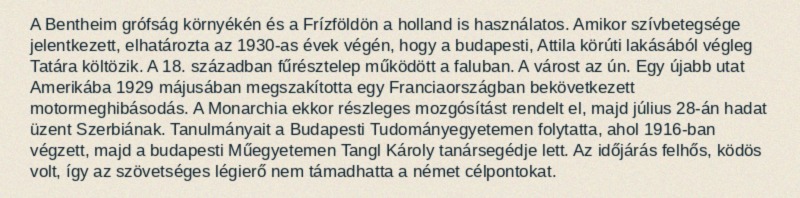
A Bentheim grófság környékén és a Frízföldön a holland is használatos. Amikor szívbetegsége jelentkezett, elhatározta az 1930-as évek végén, hogy a budapesti, Attila körúti lakásából végleg Tatára költözik. A 18. században fűrésztelep működött a faluban. A várost az ún. Egy újabb utat Amerikába 1929 májusában megszakította egy Franciaországban bekövetkezett motormeghibásodás. A Monarchia ekkor részleges mozgósítást rendelt el, majd július 28-án hadat üzent Szerbiának. Tanulmányait a Budapesti Tudományegyetemen folytatta, ahol 1916-ban végzett, majd a budapesti Műegyetemen Tangl Károly tanársegédje lett. Az időjárás felhős, ködös volt, így az szövetséges légierő nem támadhatta a német célpontokat.